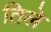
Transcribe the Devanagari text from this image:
तिले